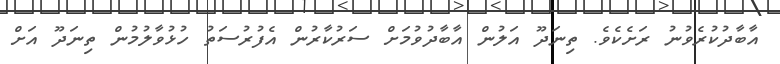
އާބާދުކުރެވުނު ރަށެކެވެ. ތިނަދޫ އަލުން އާބާދުވުމަށް ސަރުކާރުން އެފުރުސަތު ހުޅުވާލުމުން ތިނަދޫ އަށް